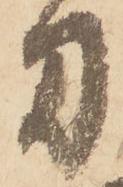
刀